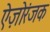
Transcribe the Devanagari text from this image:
ऐज़ोरंजक